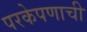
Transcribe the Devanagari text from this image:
परकेपणाची